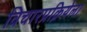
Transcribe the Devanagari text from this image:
विचारप्रक्रियेला